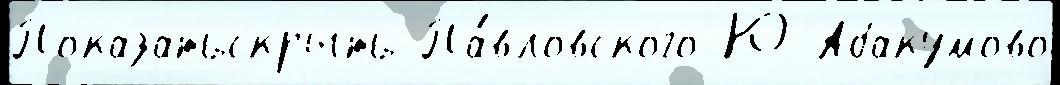
Показатьскрыть Па́вловского Ю Абакумово